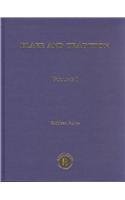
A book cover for Blake and Tradition; Kathleen Raine; Literature & Fiction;